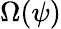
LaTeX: \Omega(\psi)